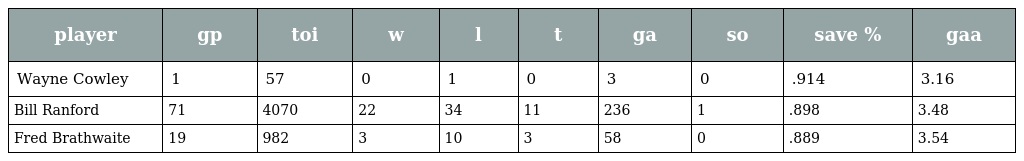
| player | gp | toi | w | l | t | ga | so | save % | gaa |
 | --- | --- | --- | --- | --- | --- | --- | --- | --- | --- |
 | Wayne Cowley | 1 | 57 | 0 | 1 | 0 | 3 | 0 | .914 | 3.16 |
 | Bill Ranford | 71 | 4070 | 22 | 34 | 11 | 236 | 1 | .898 | 3.48 |
 | Fred Brathwaite | 19 | 982 | 3 | 10 | 3 | 58 | 0 | .889 | 3.54 |